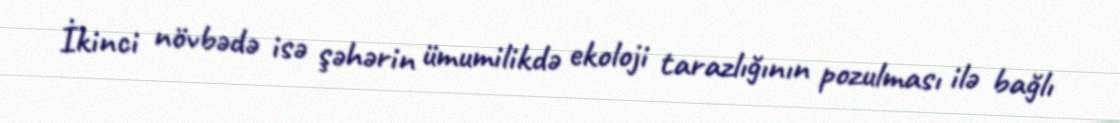
İkinci növbədə isə şəhərin ümumilikdə ekoloji tarazlığının pozulması ilə bağlı